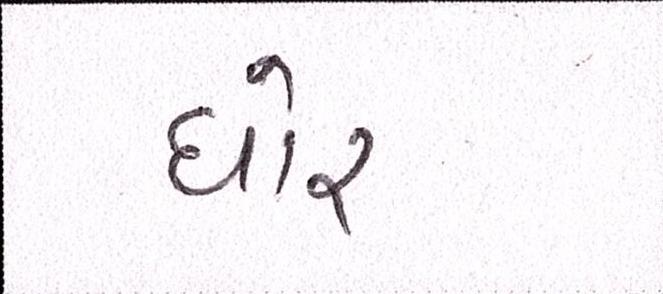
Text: ઘોર